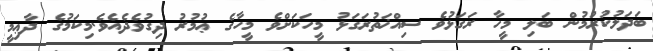
ބަދަލުކުރުމުން ބަލި މީހާ ރަގަޅުވެ ސިއްޚަތުރަގަޅު މީހަކަށްވެ މީހާގެ ޢުމުރު ދިގުވެދެއެވެ.މިކަމުގެ ދާޢިމީ